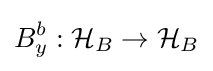
B_{y}^{b}:{\mathcal {H}}_{B}\to {\mathcal {H}}_{B}